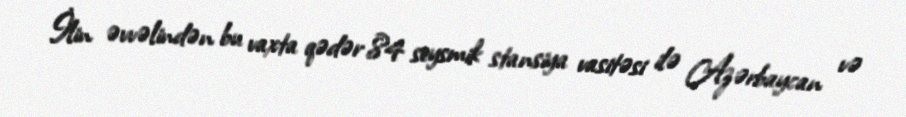
İlin əvvəlindən bu vaxta qədər 84 seysmik stansiya vasitəsi ilə Azərbaycan və